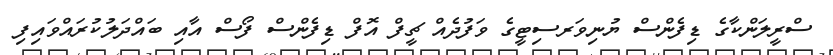
ސްރީލަންކާގެ ޑިފެންސް ޔުނިވަރސިޓީގެ ވަފުދެއް ޗީފް އޮފް ޑިފެންސް ފޯސް އާއި ބައްދަލުކުރައްވައިފި